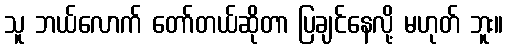
သူ ဘယ်လောက် တော်တယ်ဆိုတာ ပြချင်နေလို့ မဟုတ် ဘူး။